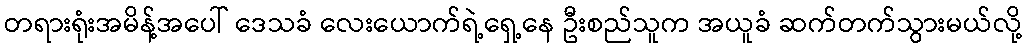
တရားရုံးအမိန့်အပေါ် ဒေသခံ လေးယောက်ရဲ့ရှေ့နေ ဦးစည်သူက အယူခံ ဆက်တက်သွားမယ်လို့